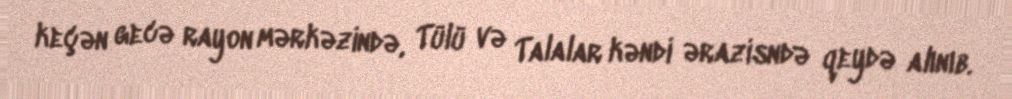
keçən gecə rayon mərkəzində, Tülü və Talalar kəndi ərazisndə qeydə alınıb.